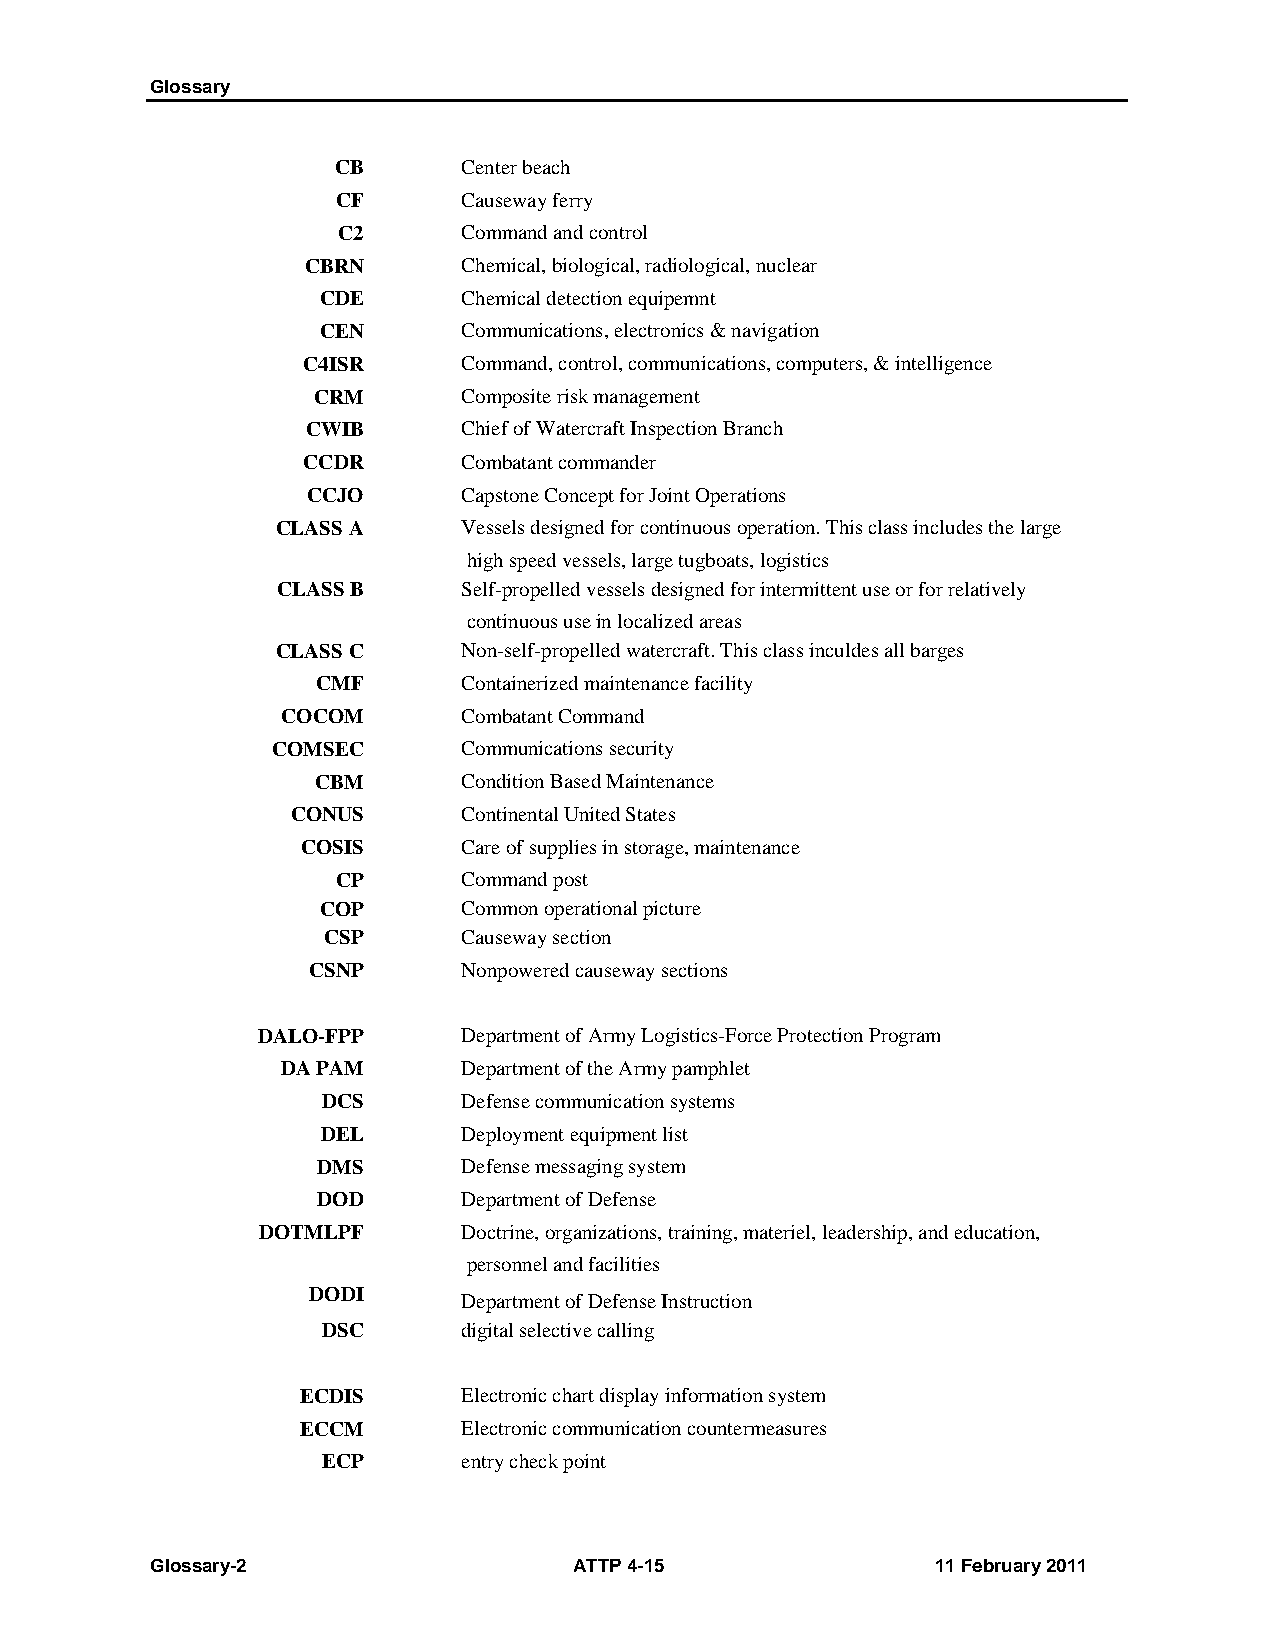
Glossary
 CB       Center beach
 CF       Causeway ferry
 C2       Command and control
 CBRN       Chemical, biological, radiological, nuclear
 CDE       Chemical detection equipemnt
 CEN       Communications, electronics & navigation
 C4ISR      Command, control, communications, computers, & intelligence
 CRM       Composite risk management
 CWIB       Chief of Watercraft Inspection Branch
 CCDR       Combatant commander
 CCJO       Capstone Concept for Joint Operations
 CLASS A      Vessels designed for continuous operation. This class includes the large
 high speed vessels, large tugboats, logistics
 CLASS B      Self-propelled vessels designed for intermittent use or for relatively
 continuous use in localized areas
 CLASS C      Non-self-propelled watercraft. This class inculdes all barges
 CMF       Containerized maintenance facility
 COCOM       Combatant Command
 COMSEC       Communications security
 CBM       Condition Based Maintenance
 CONUS       Continental United States
 COSIS      Care of supplies in storage, maintenance
 CP       Command post
 COP       Common operational picture
 CSP       Causeway section
 CSNP       Nonpowered causeway sections
 DALO-FPP      Department of Army Logistics-Force Protection Program
 DA PAM      Department of the Army pamphlet
 DCS       Defense communication systems
 DEL       Deployment equipment list
 DMS       Defense messaging system
 DOD       Department of Defense
 DOTMLPF       Doctrine, organizations, training, materiel, leadership, and education,
 personnel and facilities
 DODI
 Department of Defense Instruction
 DSC       digital selective calling
 ECDIS      Electronic chart display information system
 ECCM       Electronic communication countermeasures
 ECP       entry check point
 Glossary-2                  ATTP 4-15               11 February 2011